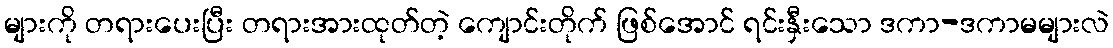
များကို တရားပေးပြီး တရားအားထုတ်တဲ့ ကျောင်းတိုက် ဖြစ်အောင် ရင်းနှီးသော ဒကာ-ဒကာမများလဲ